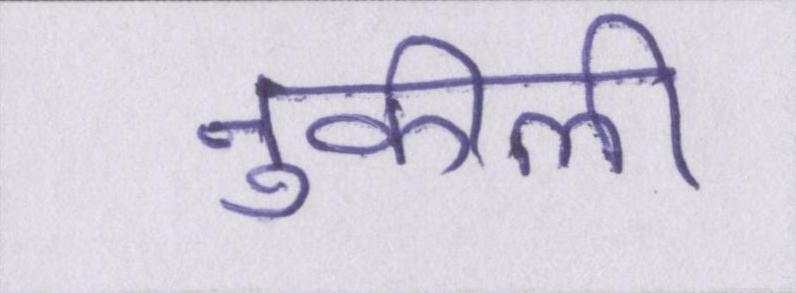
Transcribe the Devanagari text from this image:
नुकीली